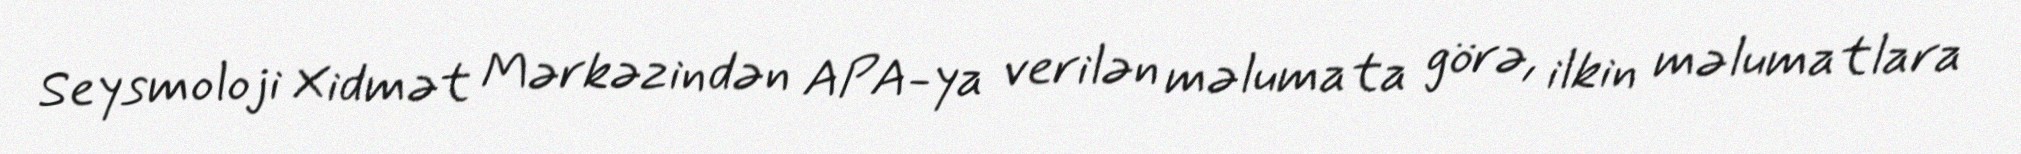
Seysmoloji Xidmət Mərkəzindən APA-ya verilən məlumata görə, ilkin məlumatlara